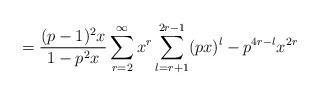
LaTeX: \begin{align*}= \frac{(p-1)^2x}{1-p^2x}\sum_{r=2}^{\infty} x^r \sum_{l=r+1}^{2r-1} (px)^l - p^{4r-l}x^{2r}\end{align*}